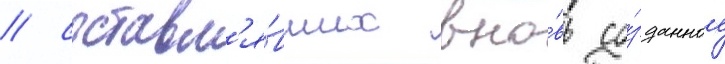
/ составл'я́вших вно́вь со́зданное